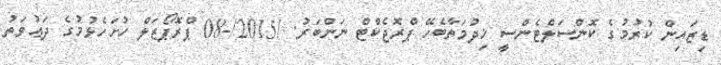
ޑިޒައިން ކުރުމުގެ ކޮންސަލްޓެންސީ ޚިދުމަތާބެހޭ ޕްރޮޖެކްޓް ނަންބަރު: /2015/-08 ޕްރޮޕޯޒަލް ހުށަހެޅުމުގެ ދަޢުވަތު